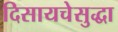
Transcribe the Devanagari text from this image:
दिसायचेसुद्धा